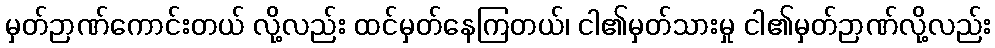
မှတ်ဉာဏ်ကောင်းတယ် လို့လည်း ထင်မှတ်နေကြတယ်၊ ငါ၏မှတ်သားမှု ငါ၏မှတ်ဉာဏ်လို့လည်း